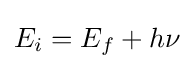
E_{i}=E_{f}+h\nu